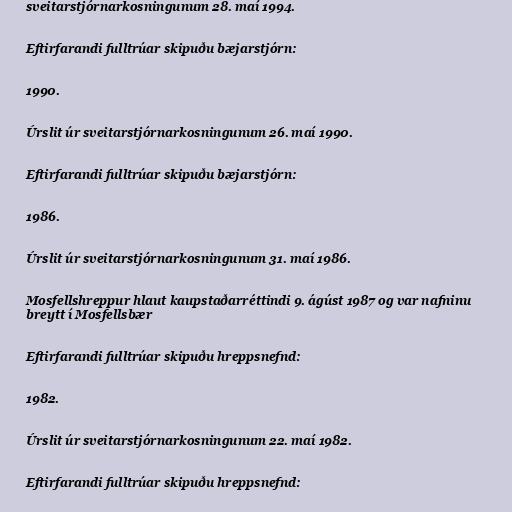
sveitarstjórnarkosningunum 28. maí 1994.

Eftirfarandi fulltrúar skipuðu bæjarstjórn:

1990.

Úrslit úr sveitarstjórnarkosningunum 26. maí 1990.

Eftirfarandi fulltrúar skipuðu bæjarstjórn:

1986.

Úrslit úr sveitarstjórnarkosningunum 31. maí 1986.

Mosfellshreppur hlaut kaupstaðarréttindi 9. ágúst 1987 og var nafninu
breytt í Mosfellsbær

Eftirfarandi fulltrúar skipuðu hreppsnefnd:

1982.

Úrslit úr sveitarstjórnarkosningunum 22. maí 1982.

Eftirfarandi fulltrúar skipuðu hreppsnefnd: